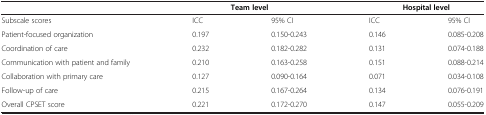
|  | <COLSPAN=2> Team level | <COLSPAN=2> Hospital level |
 | --- | --- | --- | --- | --- |
 | Subscale scores | ICC | 95% CI | ICC | 95% CI |
 | Patient-focused organization | 0.197 | 0.150-0.243 | 0.146 | 0.085-0.208 |
 | Coordination of care | 0.232 | 0.182-0.282 | 0.131 | 0.074-0.188 |
 | Communication with patient and family | 0.210 | 0.163-0.258 | 0.151 | 0.088-0.214 |
 | Collaboration with primary care | 0.127 | 0.090-0.164 | 0.071 | 0.034-0.108 |
 | Follow-up of care | 0.215 | 0.167-0.264 | 0.134 | 0.076-0.191 |
 | Overall CPSET score | 0.221 | 0.172-0.270 | 0.147 | 0.055-0.209 |